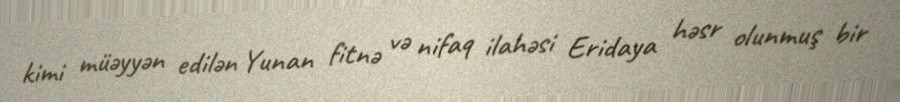
kimi müəyyən edilən Yunan fitnə və nifaq ilahəsi Eridaya həsr olunmuş bir